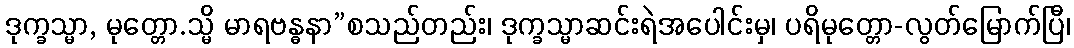
ဒုက္ခသ္မာ, မုတ္တော.သ္မိ မာရဗန္ဓနာ”စသည်တည်း၊ ဒုက္ခသ္မာဆင်းရဲအပေါင်းမှ၊ ပရိမုတ္တော-လွတ်မြောက်ပြီ၊